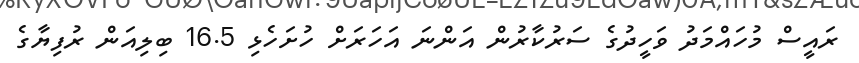
ރައީސް މުހައްމަދު ވަހީދުގެ ސަރުކާރުން އަންނަ އަހަރަށް ހުށަހެޅި 16.5 ބިލިއަން ރުފިޔާގެ